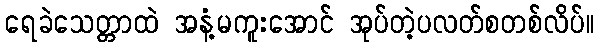
ရေခဲသေတ္တာထဲ အနံ့မကူးအောင် အုပ်တဲ့ပလတ်စတစ်လိပ်။